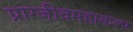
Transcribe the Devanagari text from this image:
प्राग्जीवमहाकल्प